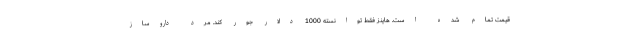
قیمت تمام شده است. هاینز فقط توانسته 1000 دلار جور کند. مرد داروساز